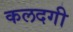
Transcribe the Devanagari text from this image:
कलदगी